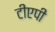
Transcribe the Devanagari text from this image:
टीएपी